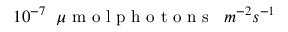
1 0 ^ { - 7 } \phantom { x } \mu \textrm { m o l p h o t o n s } \phantom { x } m ^ { - 2 } s ^ { - 1 }